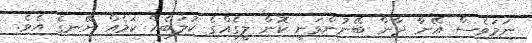
ނަމަވެސް އޭނާ ދާން ބޭނުންވަނީ ކޮން ލީގެއްގެ ކުލަބެއް ކަމެއް ނޭނގެ އެވެ.